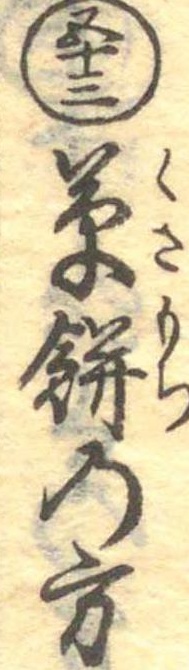
五十三草餅の方